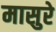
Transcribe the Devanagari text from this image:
मासुरे